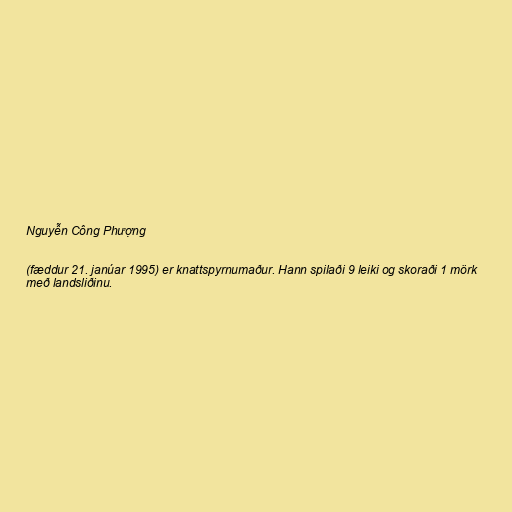
Nguyễn Công Phượng

(fæddur 21. janúar 1995) er knattspyrnumaður. Hann spilaði 9 leiki og skoraði 1 mörk
með landsliðinu.